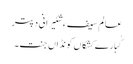
عالم سیف ءِ شئیرانی دپتر
گُبارے کِشکاں کونڈاں جنت۔